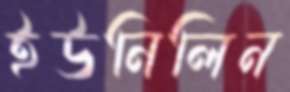
ইউনিলিন